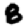
Digit: 8